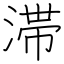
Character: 滞